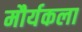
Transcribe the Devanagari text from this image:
मौर्यकला